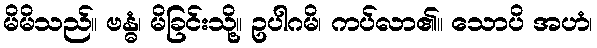
မိမိသည်။ ဗန္ဓံ၊ မိခြင်းသို့။ ဥပါဂမိ၊ ကပ်လာ၏။ သောပိ အဟံ၊